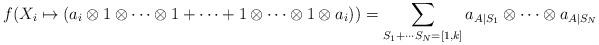
LaTeX: \begin{align*} f(X_i\mapsto (a_i\otimes 1 \otimes \cdots \otimes 1 +\cdots + 1\otimes \cdots \otimes 1\otimes a_i)) =\sum_{S_1+\cdots S_N=[1,k]}a_{A|S_1}\otimes\cdots\otimes a_{A|S_N} \end{align*}